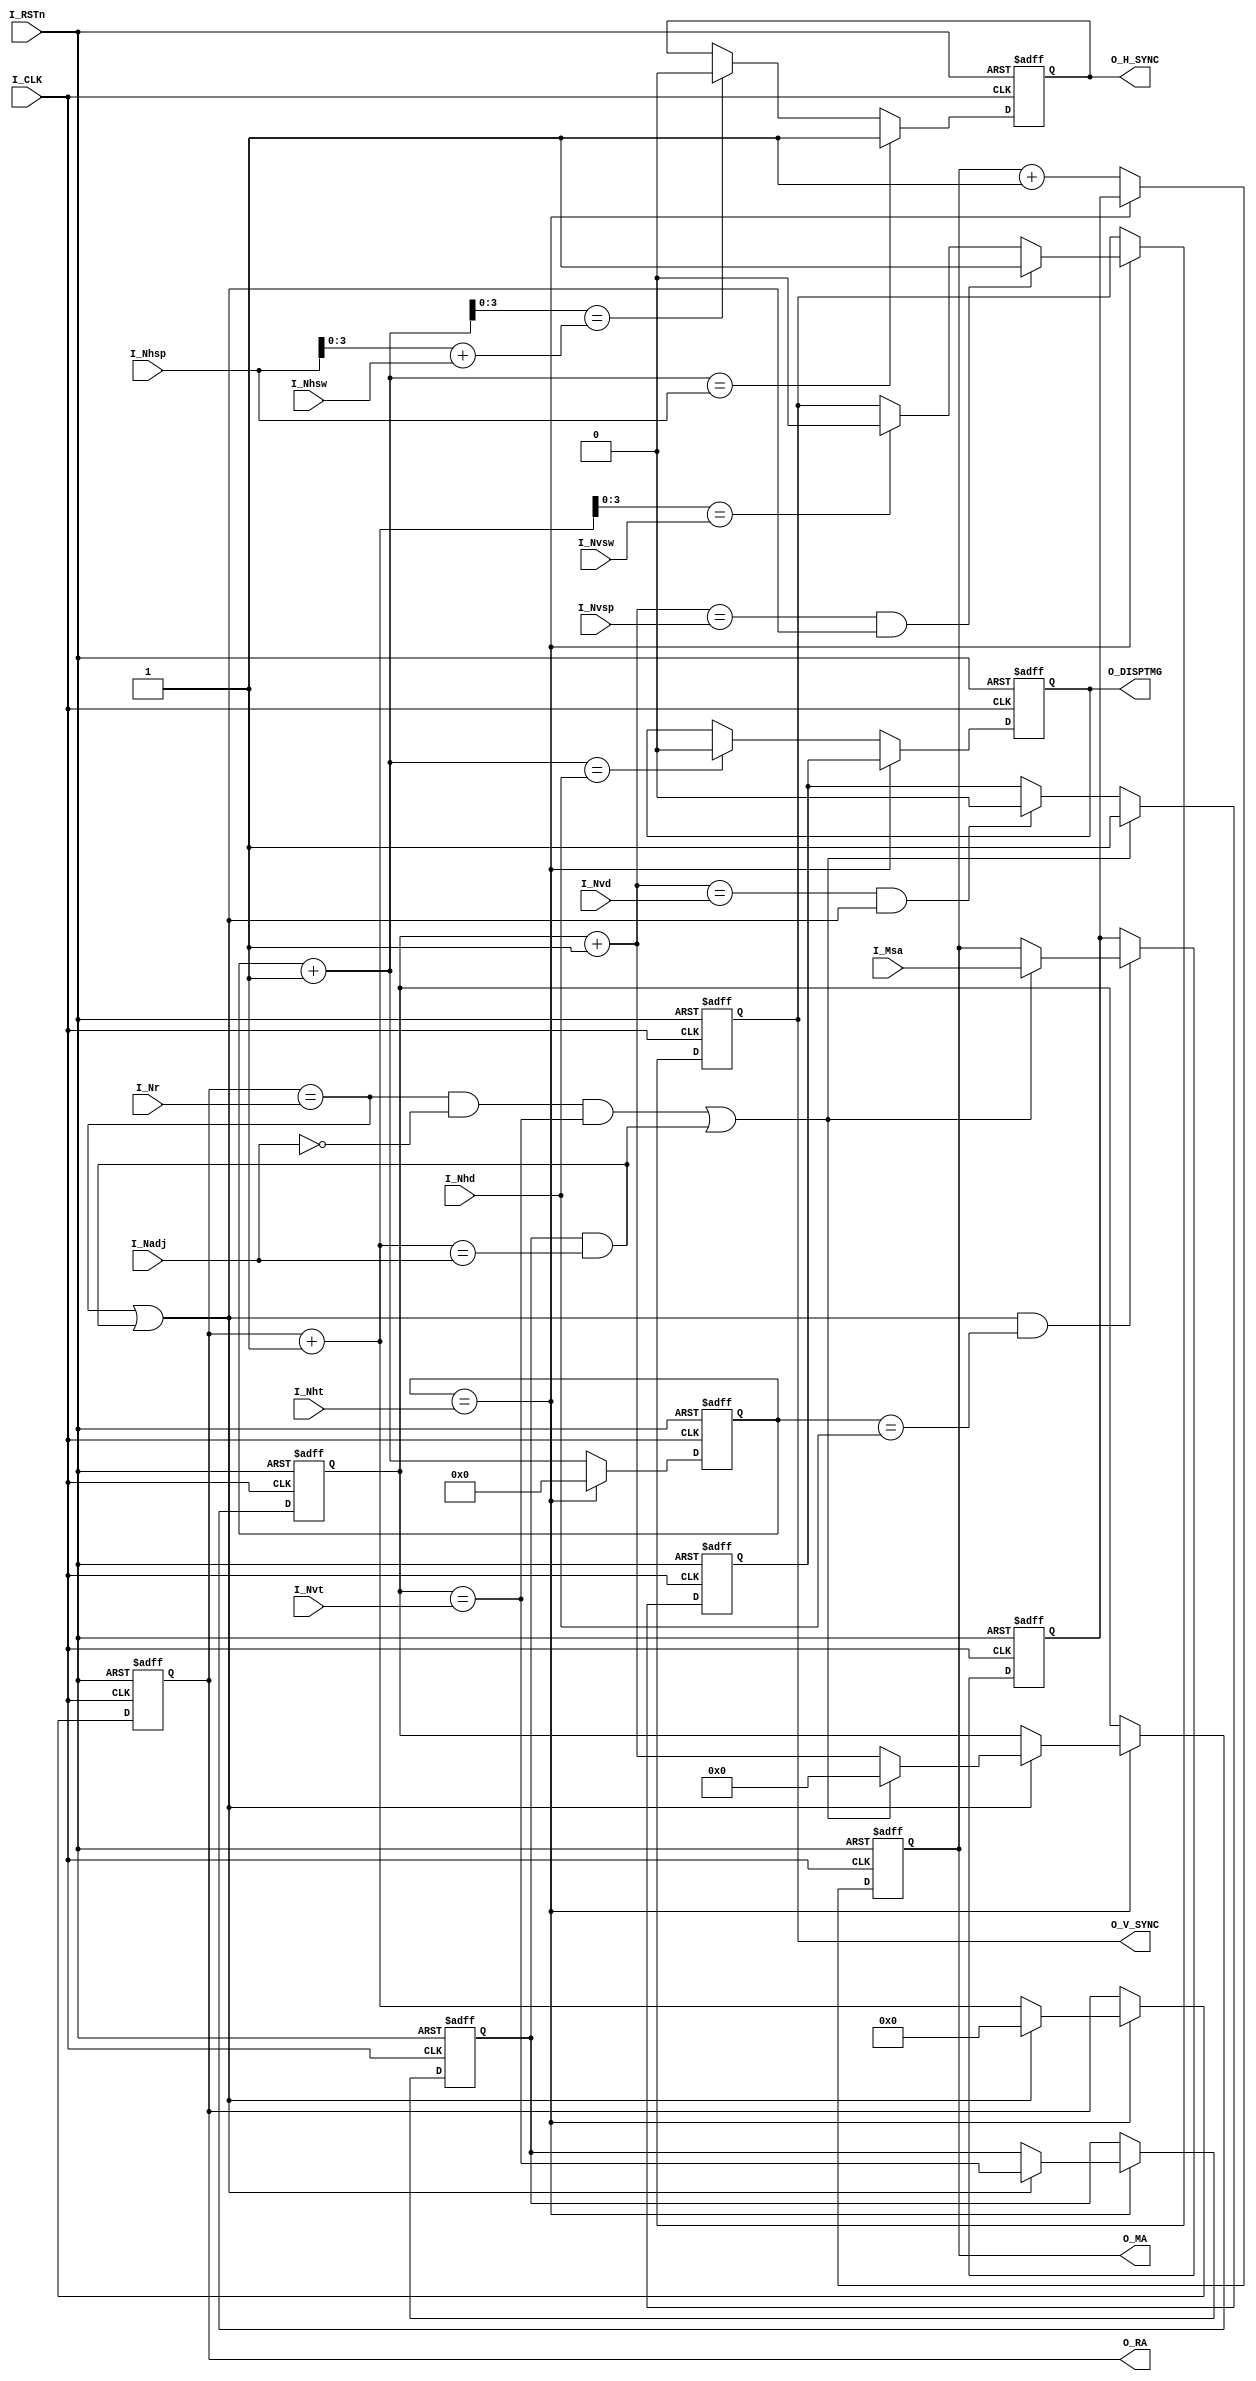
module crtc_gen( 
I_CLK, 
I_RSTn, 
I_Nht, 
I_Nhd, 
I_Nhsp, 
I_Nhsw, 
I_Nvt, 
I_Nadj, 
I_Nvd, 
I_Nvsp, 
I_Nvsw, 
I_Nr, 
I_Msa, 
O_RA, 
O_MA, 
O_H_SYNC, 
O_V_SYNC, 
O_DISPTMG 
); 
input  I_CLK; 
input  I_RSTn; 
input  [7:0]I_Nht; 
input  [7:0]I_Nhd; 
input  [7:0]I_Nhsp; 
input  [3:0]I_Nhsw; 
input  [6:0]I_Nvt; 
input  [4:0]I_Nr; 
input  [4:0]I_Nadj;  
input  [6:0]I_Nvd; 
input  [6:0]I_Nvsp; 
input  [3:0]I_Nvsw; 
input  [13:0]I_Msa; 
output [4:0]O_RA; 
output [13:0]O_MA; 
output O_H_SYNC; 
output O_V_SYNC; 
output O_DISPTMG; 
reg    [7:0]R_H_CNT; 
reg    [6:0]R_V_CNT; 
reg    [4:0]R_RA; 
reg    [13:0]R_MA; 
reg    R_H_SYNC,R_V_SYNC; 
reg    R_DISPTMG ,R_V_DISPTMG; 
reg    R_LAST_LINE; 
wire   [7:0] NEXT_R_H_CNT = (R_H_CNT+8'h01); 
wire   [6:0] NEXT_R_V_CNT = (R_V_CNT+7'h01); 
wire   [4:0] NEXT_R_RA    = R_RA + 1'b1; 
wire W_HD       = (R_H_CNT==I_Nht); 
wire W_VD       = (R_V_CNT==I_Nvt); 
wire W_ADJ_C    = R_LAST_LINE & (NEXT_R_RA==I_Nadj); 
wire W_VCNT_RET = ((R_RA==I_Nr) & (I_Nadj==0) & W_VD) | W_ADJ_C; 
wire W_RA_C     = (R_RA==I_Nr) | W_ADJ_C; 
wire   W_HSYNC_P = (NEXT_R_H_CNT == I_Nhsp); 
wire   W_HSYNC_W = (NEXT_R_H_CNT[3:0] == (I_Nhsp[3:0]+I_Nhsw) ); 
wire   W_VSYNC_P = (NEXT_R_V_CNT == I_Nvsp ) & W_RA_C; 
wire   W_VSYNC_W = (NEXT_R_RA[3:0]==I_Nvsw); 
wire W_HDISP_N   = (NEXT_R_H_CNT==I_Nhd); 
wire W_VDISP_N   = (NEXT_R_V_CNT==I_Nvd) & W_RA_C; 
assign O_H_SYNC = R_H_SYNC; 
assign O_V_SYNC = R_V_SYNC; 
assign O_RA     = R_RA; 
assign O_MA     = R_MA; 
assign O_DISPTMG = R_DISPTMG; 
reg    [13:0] R_MA_C; 
always@(negedge I_CLK or negedge I_RSTn) 
begin 
  if(! I_RSTn)begin 
    R_MA   <= 14'h0000; 
    R_MA_C <= 14'h0000; 
    R_H_CNT <= 8'h00;  
    R_H_SYNC <= 0;  
    R_RA <= 5'h00;  
    R_V_CNT <= 7'h00;  
    R_LAST_LINE <= 1'b0; 
    R_V_SYNC <= 0;  
    R_V_DISPTMG <= 1'b0; 
    R_DISPTMG   <= 1'b0; 
  end 
  else begin 
    R_H_CNT <= W_HD ? 8'h00 : NEXT_R_H_CNT; 
    R_MA <= W_HD ? R_MA_C : R_MA + 1'b1; 
    if(W_RA_C & (R_H_CNT==I_Nhd) ) 
      R_MA_C <= W_VCNT_RET ? I_Msa : R_MA; 
    if(W_HSYNC_P)      R_H_SYNC <= 1'b1; 
    else if(W_HSYNC_W) R_H_SYNC <= 1'b0; 
    if(W_HD) 
    begin 
      R_RA <= W_RA_C ? 5'h00 : NEXT_R_RA; 
      if(W_VSYNC_P) R_V_SYNC <= 1'b1; 
      else if(W_VSYNC_W) R_V_SYNC <= 1'b0; 
      if(W_RA_C) 
      begin 
        R_LAST_LINE <= W_VD; 
        R_V_CNT <= W_VCNT_RET ? 7'h00 : NEXT_R_V_CNT; 
      end 
    end 
    if(W_VCNT_RET)     R_V_DISPTMG <= 1'b1; 
    else if(W_VDISP_N) R_V_DISPTMG <= 1'b0; 
    if(W_HD)           R_DISPTMG <= R_V_DISPTMG; 
    else if(W_HDISP_N) R_DISPTMG <= 1'b0; 
  end 
end 
endmodule